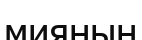
мияның